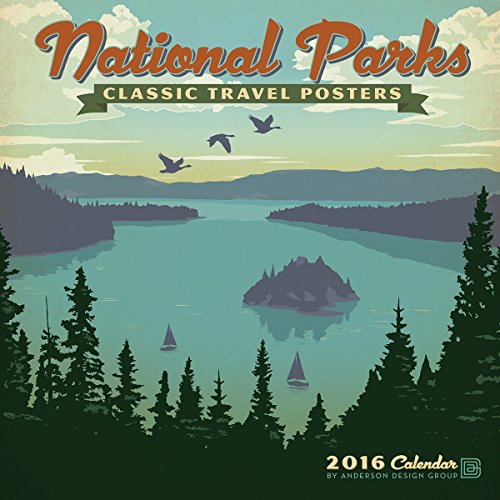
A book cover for National Parks Classic Posters 2016 Wall Calendar; Anderson Design Group; Calendars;